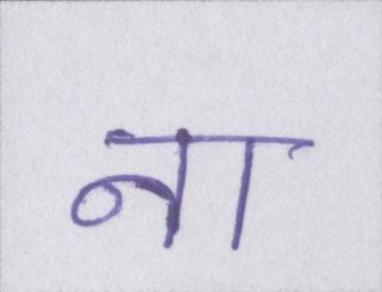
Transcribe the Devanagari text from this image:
ना